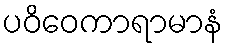
ပဝိဝေကာရာမာနံ